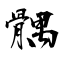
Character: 髃